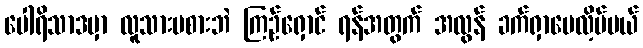
ပေါရိသာဒမှာ လူသားမစားဘဲ ကြဉ်ရှောင် ရန်အတွက် အလွန် ခက်ရှာပေလိ့မ်မယ်